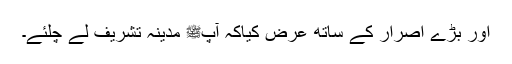
اور بڑے اصرار کے ساتھ عرض کیاکہ آپﷺ مدینہ تشریف لے چلئے۔